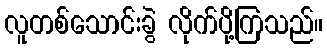
လူတစ်သောင်းခွဲ လိုက်ပို့ကြသည်။